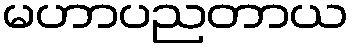
မဟာပညတာယ